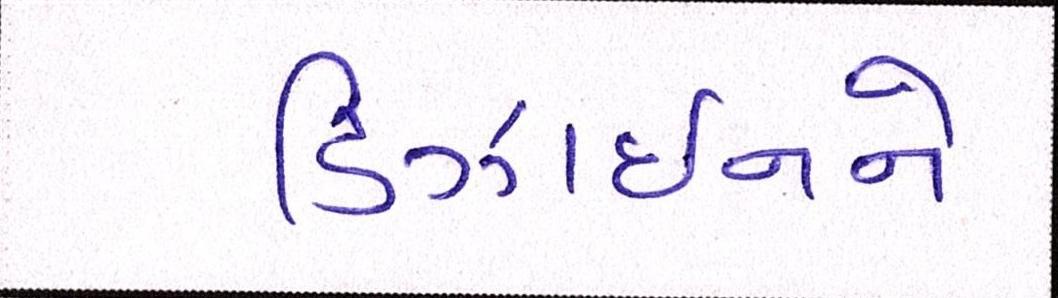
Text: ડિઝાઇનને